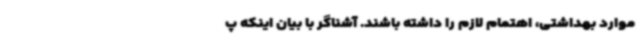
موارد بهداشتی، اهتمام لازم را داشته باشند. آشناگر با بیان اینکه پ